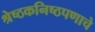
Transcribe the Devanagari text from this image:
श्रेष्ठकनिष्ठपणाचे